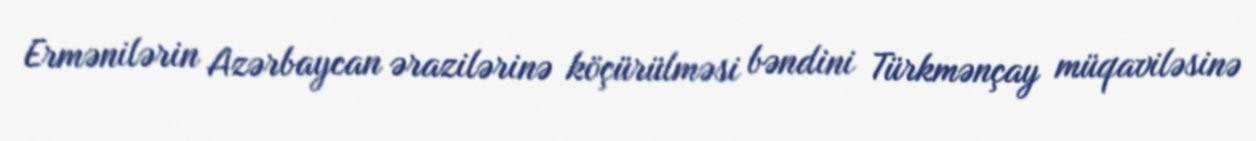
Ermənilərin Azərbaycan ərazilərinə köçürülməsi bəndini Türkmənçay müqaviləsinə